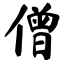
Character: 僧